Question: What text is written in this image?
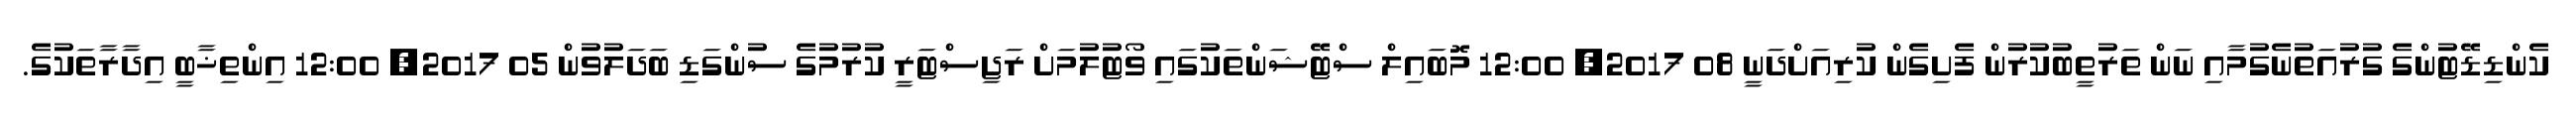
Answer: ކެންޑިޑޭޓުންގެ ގުރުއަތުނެގުމާއި ނަން ތަރުތީބުކުރުން ފެށިގެން ކުރިއަށްދަނީ 08 2017, 12:00 މޮބައިލް ސްޓޭޝަންތަކުގައި ވޯޓުލުމަށް ރަޖިސްޓަރީ ކުރުމުގެ ސުންގަޑި ބަދަލުވުން 05 2017, 12:00 އިންތިޚާބީ އިދާރާތަކުގެ.